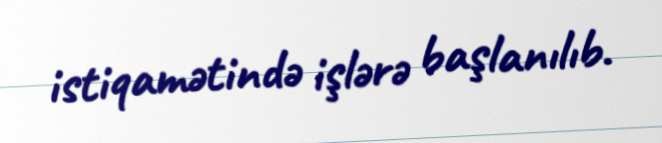
istiqamətində işlərə başlanılıb.